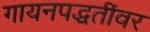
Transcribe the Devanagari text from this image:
गायनपद्धतींवर